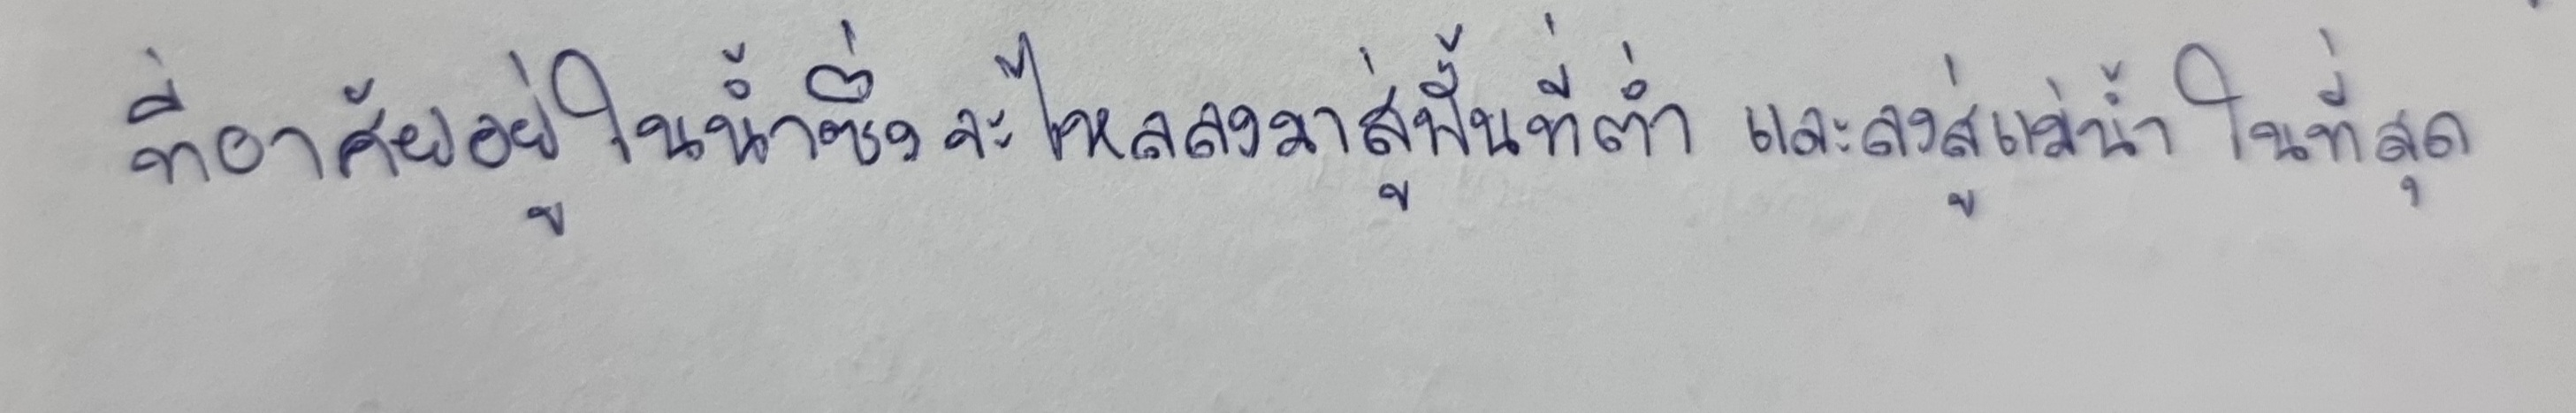
ที่อาศัยอยู่ในน้ำซึ่งจะไหลลงมาสู่พื้นที่ต่ำและลงสู่แม่น้ำในที่สุด